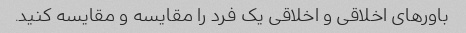
باورهای اخلاقی و اخلاقی یک فرد را مقایسه و مقایسه کنید.